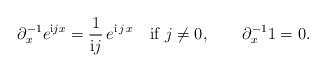
LaTeX: \begin{align*}\partial_x^{-1} e^{\mathrm{i} j x}=\frac{1}{\mathrm{i} j}\,e^{\mathrm{i}\,j\,x}\quad\mbox{if}\,\,j\neq 0,\qquad\partial_x^{-1} 1=0.\end{align*}